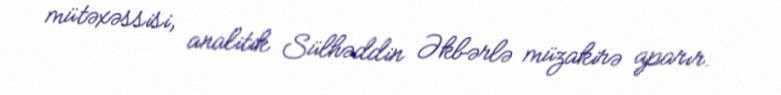
mütəxəssisi, analitik Sülhəddin Əkbərlə müzakirə aparır.